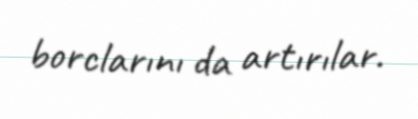
borclarını da artırılar.